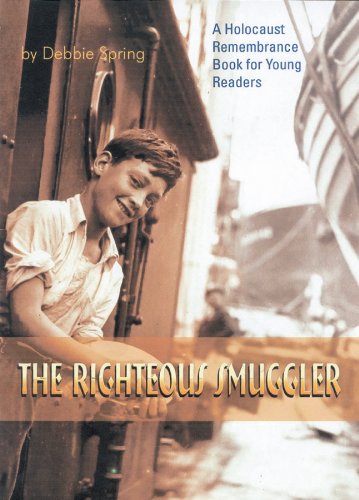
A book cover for The Righteous Smuggler (Holocaust Remembrance Series); Debbie Spring; Children's Books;